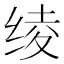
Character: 绫